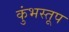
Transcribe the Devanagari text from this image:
कुंभस्तूप